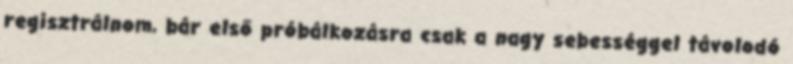
regisztrálnom, bár első próbálkozásra csak a nagy sebességgel távolodó